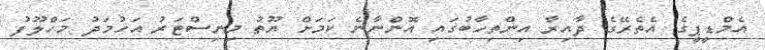
އެމްޑީޕީގެ އެތެރޭގެ ދާއިރާ އިންތިހާބުގައި އޮންނާނެ ކަމަށް ޔޫތު މިނިސްޓަރު އަހުމަދު މަހްލޫފު